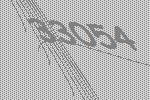
33054